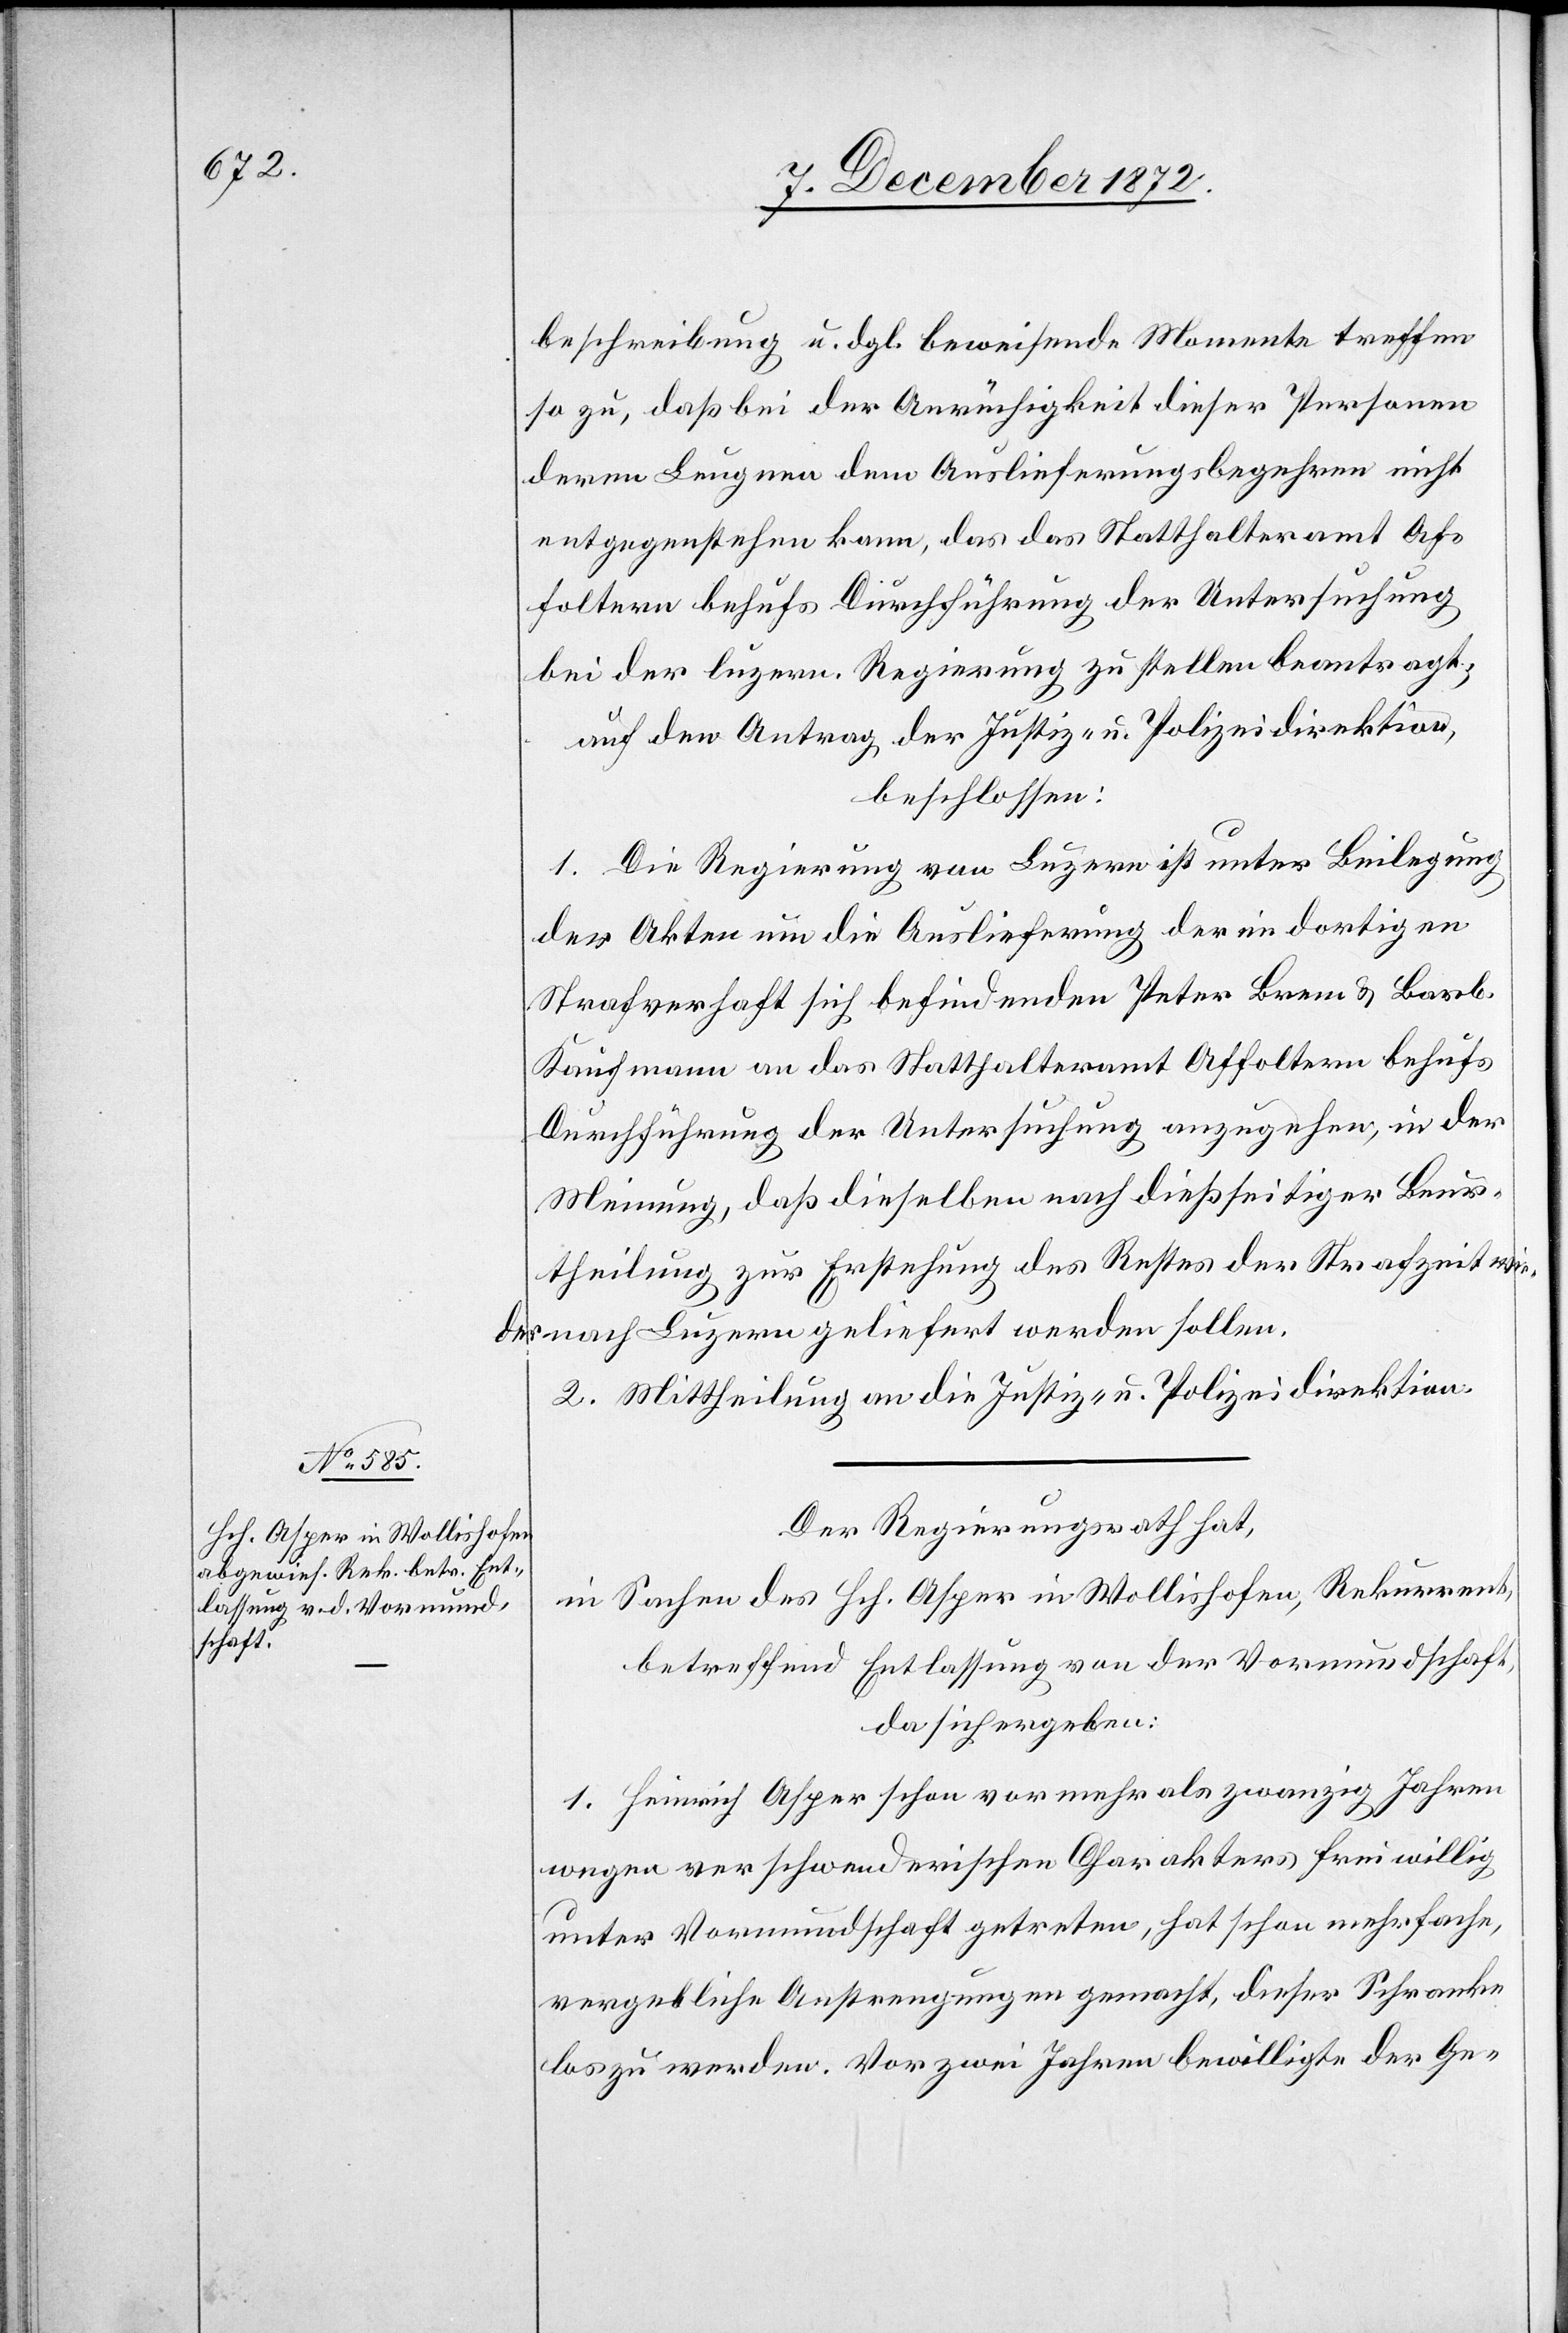
beschreibung [sic!] u. dgl. beweisende Momente treffen
so zu, daß bei der Anrüchigkeit dieser Personen
deren Leugnen dem Auslieferungsbegehren nicht
entgegenstehen kann, das das Statthalteramt Af¬
foltern behufs Durchführung der Untersuchung
bei der luzern. Regierung zu stellen beantragt;
auf den Antrag der Justiz- u. Polizeidirektion,
beschlossen:
1. Die Regierung von Luzern ist unter Beilegung
der Akten um die Auslieferung der im dortigen
Strafverhaft sich befindenden Peter Brem u. Barb.
Kaufmann an das Statthalteramt Affoltern behufs
Durchführung der Untersuchung anzugehen, in der
Meinung, daß dieselben nach dießseitiger Beur¬
theilung zur Erstehung des Restes der Strafzeit wie¬
der nach Luzern geliefert werden sollen.
2. Mittheilung an die Justiz- u. Polizeidirektion.
Der Regierungsrath hat,
in Sachen des Hch. Asper in Wollishofen, Rekurrent,
betreffend Entlassung von der Vormundschaft,
da sich ergeben:
1. Heinrich Asper schon vor mehr als zwanzig Jahren
wegen verschwenderischen Charakters freiwillig
unter Vormundschaft getreten, hat schon mehrfache,
vergebliche Anstrengungen gemacht, diese Schranke
los zu werden. Vor zwei Jahren bewilligte der Ge-